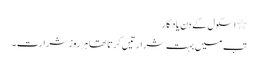
٭ اسکول کے دن یاد گار
تب میں بہت شرارتیں کرتا تھا ہر روز شرارت ۔